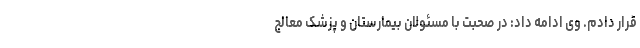
قرار دادم. وی ادامه داد: در صحبت با مسئولان بیمارستان و پزشک معالج